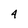
Character: 4